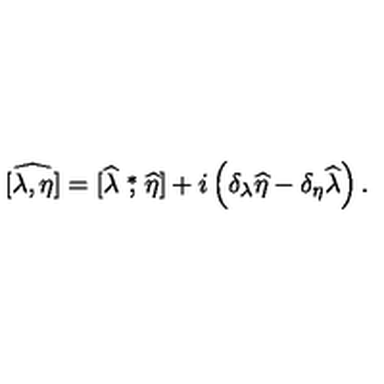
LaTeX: \widehat { [ \lambda , \eta ] } = [ \widehat \lambda \stackrel { * } { , } \widehat \eta ] + i \left( \delta _ { \lambda } \widehat \eta - \delta _ { \eta } \widehat \lambda \right) .